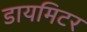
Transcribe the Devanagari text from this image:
डायमिटर